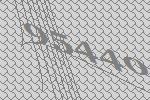
95440